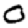
Digit: 0